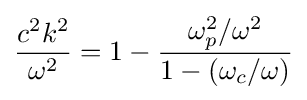
{\frac {c^{2}k^{2}}{\omega ^{2}}}=1-{\frac {\omega _{p}^{2}/\omega ^{2}}{1-(\omega _{c}/\omega )}}